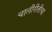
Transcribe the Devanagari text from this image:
चालीरीतीचा